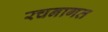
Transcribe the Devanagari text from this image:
रचनागत